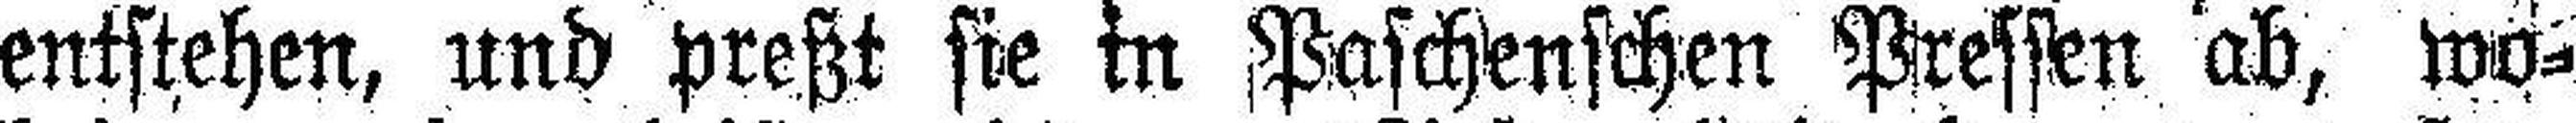
entstehen, und preßt sie in Paschenschen Pressen ab, wo¬